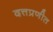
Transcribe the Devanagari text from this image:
दत्तप्रणीत